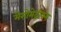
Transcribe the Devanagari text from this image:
मेसोमेट्रीयम